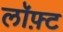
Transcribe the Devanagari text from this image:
लॉफ़्ट